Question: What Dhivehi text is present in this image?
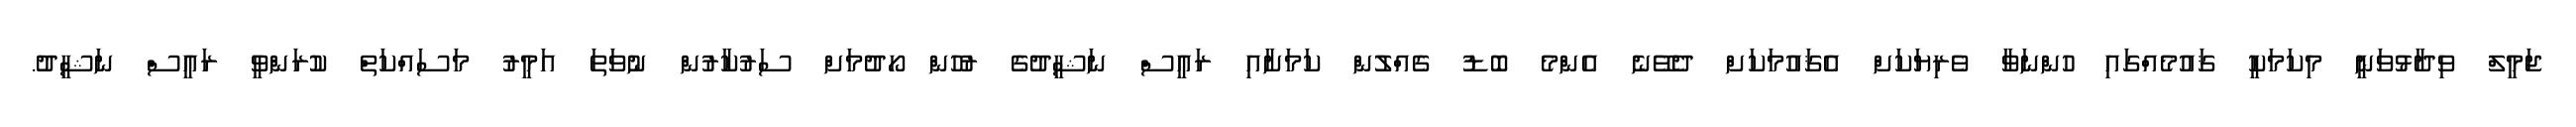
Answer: ޖަމީލް ވިދާޅުވަނީ މިކަމަކީ ޤައުމެއްގައި ހުންނަވާ ވެރިޔަކަށް އެޤައުމަކަށް ދެވޭނެ އެންމެ ބޮޑު ގެއްލުން ކަމަށާއި ރައީސް ނަޝީދުގެ ރުހުން ހޯދުމަށް ސަރުކާރުން ނުވަތަ އަމީރު މަސައްކަތް ކުރަންވީ ރައީސް ނަޝީދު.